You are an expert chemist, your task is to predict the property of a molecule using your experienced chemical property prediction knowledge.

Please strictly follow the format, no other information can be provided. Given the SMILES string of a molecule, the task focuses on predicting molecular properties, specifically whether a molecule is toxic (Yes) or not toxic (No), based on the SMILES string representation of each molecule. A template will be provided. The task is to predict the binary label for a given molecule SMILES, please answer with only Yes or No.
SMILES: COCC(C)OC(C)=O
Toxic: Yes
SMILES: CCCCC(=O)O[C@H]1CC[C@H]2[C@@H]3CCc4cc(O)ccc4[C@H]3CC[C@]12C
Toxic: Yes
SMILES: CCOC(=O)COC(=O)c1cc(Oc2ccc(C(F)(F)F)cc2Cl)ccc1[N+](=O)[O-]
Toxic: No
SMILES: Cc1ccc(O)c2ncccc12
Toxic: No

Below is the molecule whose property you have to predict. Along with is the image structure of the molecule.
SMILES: C[C@]12C[C@H](O)[C@@]3(F)[C@@H](CCC4=CC(=O)C=C[C@@]43C)[C@@H]1C[C@@H](O)[C@]2(O)C(=O)CO
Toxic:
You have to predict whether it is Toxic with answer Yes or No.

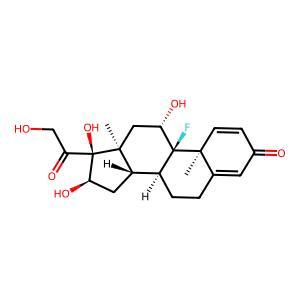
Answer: Yes